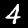
Digit: 4